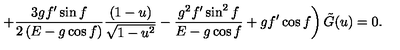
\left. + \frac { 3 g f ^ { \prime } \sin f } { 2 \left( E - g \cos f \right) } \frac { ( 1 - u ) } { \sqrt { 1 - u ^ { 2 } } } - \frac { g ^ { 2 } f ^ { \prime } \sin ^ { 2 } f } { E - g \cos f } + g f ^ { \prime } \cos f \right) { \tilde { G } } ( u ) = 0 .